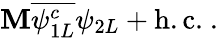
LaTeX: \mathbf{M}{\overline{{{{\psi_{1L}^{c}}}}}}\psi_{2L}+\mathrm{{h.c.}}~.